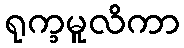
ရုက္ခမူလိကာ